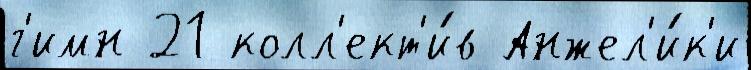
г'имн 21 колл'ект'и́в Анжел'и́к'и